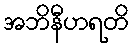
အဘိနီဟရတိ